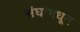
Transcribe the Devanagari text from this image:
संघांमधून